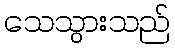
သေသွားသည်